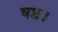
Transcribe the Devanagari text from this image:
षष्ट।